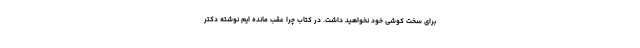
برای سخت کوشی خود نخواهید داشت. در کتاب چرا عقب مانده ایم نوشته دکتر